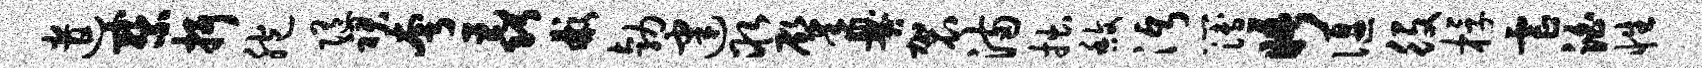
遣察抒胞随裙夸毳彬勃建取肇爨袈满拙馥沔簿晤偃役桴虐泊性